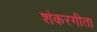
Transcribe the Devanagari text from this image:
शंकरगीता